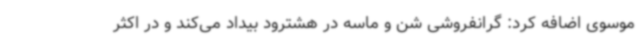
موسوی اضافه کرد: گرانفروشی شن و ماسه در هشترود بیداد می‌کند و در اکثر